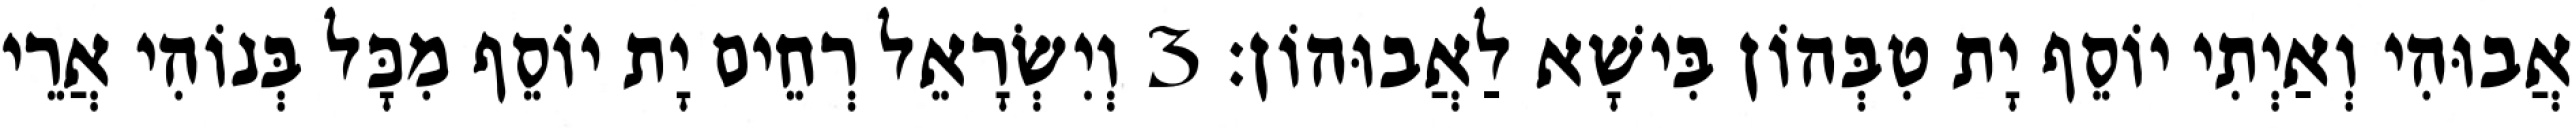
אֲבוּהִי וְאַיְתִי יוֹסֵף יָת טִבְּהוֹן בִּישָׁא לַאֲבוּהוֹן׃ 3 וְיִשְׂרָאֵל רְחֵים יָת יוֹסֵף מִכָּל בְּנוֹהִי אֲרֵי